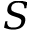
S